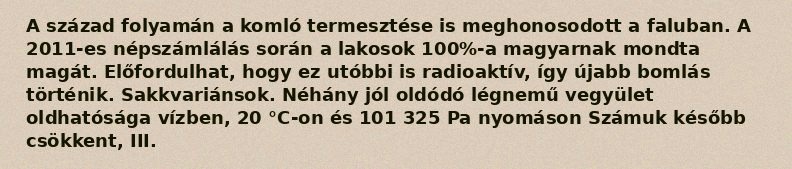
A század folyamán a komló termesztése is meghonosodott a faluban. A 2011-es népszámlálás során a lakosok 100%-a magyarnak mondta magát. Előfordulhat, hogy ez utóbbi is radioaktív, így újabb bomlás történik. Sakkvariánsok. Néhány jól oldódó légnemű vegyület oldhatósága vízben, 20 °C-on és 101 325 Pa nyomáson Számuk később csökkent, III.